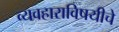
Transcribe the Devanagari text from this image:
व्यवहाराविषयीचे